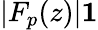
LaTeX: |F_{p}(z)|\le 1